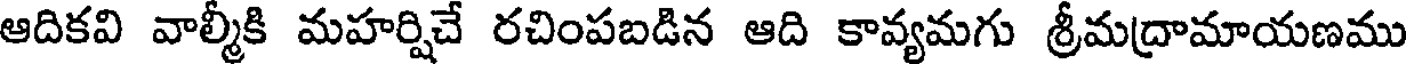
ఆదికవి వాల్మీకి మహర్షిచే రచింపబడిన ఆది కావ్యమగు శ్రీమద్రామాయణము